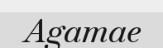
Agamae